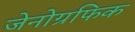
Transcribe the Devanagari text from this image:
जेनोग्रफिक